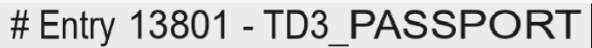
# Entry 13801 - TD3_PASSPORT